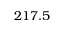
2 1 7 . 5